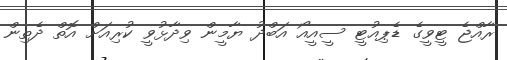
ރާއްޖެ ޓީވީގެ ޑެޕިއުޓީ ސީއީއޯ އަބްދު ޔާމީން ވިދާޅުވީ ކުރިއަށް އޮތް ދެތިން